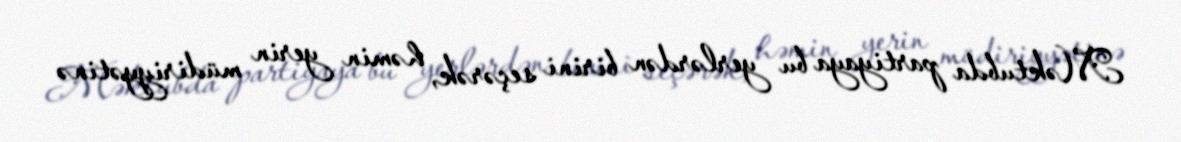
Məktubda partiyaya bu yerlərdən birini seçərək, həmin yerin müdiriyyətinə